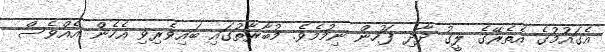
އެގައުމުގެ އެތެރޭގެ ލީގު ދާދި ފަހުން ނިމުމެވެ. މުބާރާތުގައި ބައިވެރިވި އެހެން އެއްވެސް